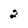
Character: 2